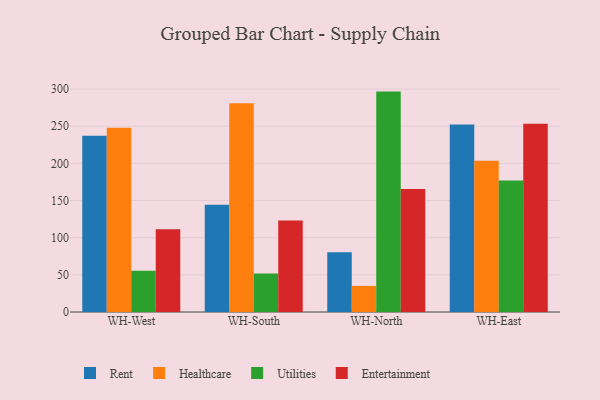
{"axis": {"x": "Warehouse", "y": "Latency (ms)"}, "legend": ["Entertainment", "Healthcare", "Rent", "Utilities"], "data": [{"x": "WH-West", "y": 237.3, "type": "Rent"}, {"x": "WH-West", "y": 247.9, "type": "Healthcare"}, {"x": "WH-West", "y": 55.6, "type": "Utilities"}, {"x": "WH-West", "y": 111.5, "type": "Entertainment"}, {"x": "WH-South", "y": 144.2, "type": "Rent"}, {"x": "WH-South", "y": 280.8, "type": "Healthcare"}, {"x": "WH-South", "y": 51.8, "type": "Utilities"}, {"x": "WH-South", "y": 123.3, "type": "Entertainment"}, {"x": "WH-North", "y": 80.3, "type": "Rent"}, {"x": "WH-North", "y": 35.1, "type": "Healthcare"}, {"x": "WH-North", "y": 296.6, "type": "Utilities"}, {"x": "WH-North", "y": 165.4, "type": "Entertainment"}, {"x": "WH-East", "y": 252.3, "type": "Rent"}, {"x": "WH-East", "y": 203.5, "type": "Healthcare"}, {"x": "WH-East", "y": 176.8, "type": "Utilities"}, {"x": "WH-East", "y": 253.2, "type": "Entertainment"}]}